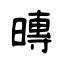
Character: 暷